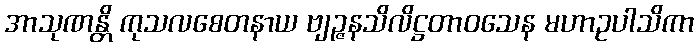
အာသုဏန္တိ ကုသလစေတနာယ ဗျဉ္ဇနသိလိဋ္ဌတာဝသေန မဟာဥပါသိကာ